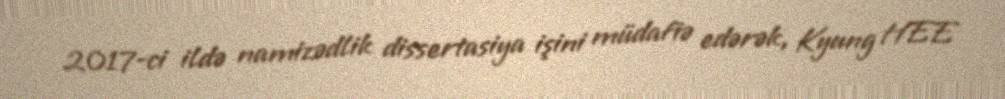
2017-ci ildə namizədlik dissertasiya işini müdafiə edərək, Kyung HEE